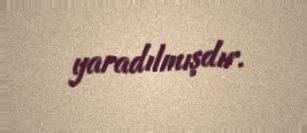
yaradılmışdır.